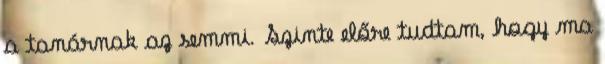
a tanárnak az semmi. Szinte előre tudtam, hogy ma